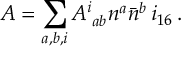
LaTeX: { \cal A } = \sum _ { a , b , i } { \cal A } _ { \, \, a b } ^ { i } n ^ { a } { \bar { n } } ^ { b } \, i _ { 1 6 } \, .